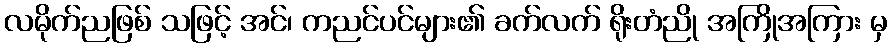
လမိုက်ညဖြစ် သဖြင့် အင်၊ ကညင်ပင်များ၏ ခက်လက် ရိုးတံညို အကြိုအကြား မှ